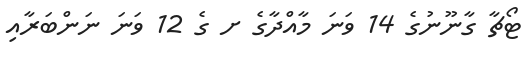
ޓޯޗާ ގާނޫނުގެ 14 ވަނަ މާއްދާގެ ށ ގެ 12 ވަނަ ނަންބަރާއި